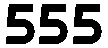
555